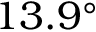
1 3 . 9 ^ { \circ }